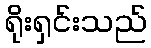
ရိုးရှင်းသည်